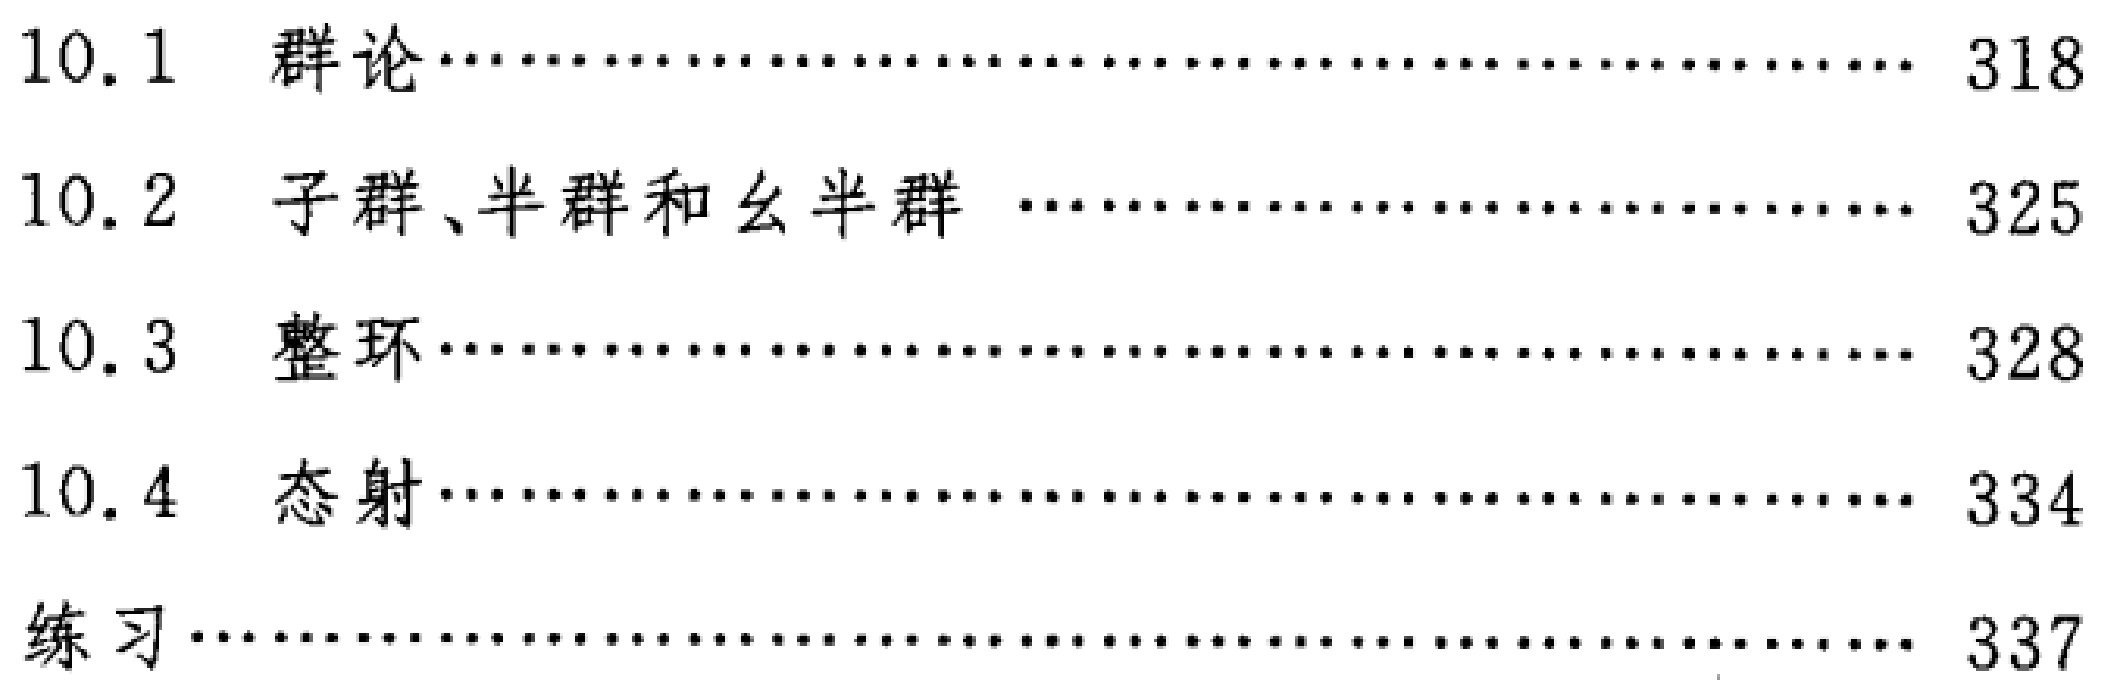
\begin{enumerate}

\item[10.1] 群论\hfill 318

\item[10.2] 子群、半群和幺半群 \hfill 325

\item[10.3] 整环\hfill 328

\item[10.4] 态射\hfill 334

\item 练习\hfill 337

\end{enumerate}